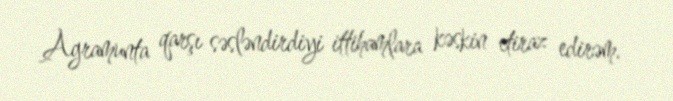
Agramunta qarşı səsləndirdiyi ittihamlara kəskin etiraz edirəm.